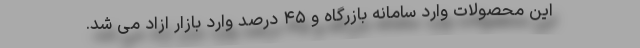
این محصولات وارد سامانه بازرگاه و ۴۵ درصد وارد بازار ازاد می شد.